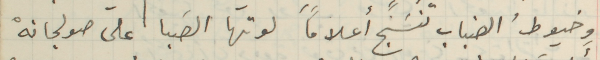
وخيوطُ الضباب تنسج أعلاماً لوتها الصَبا على صولجانهْ